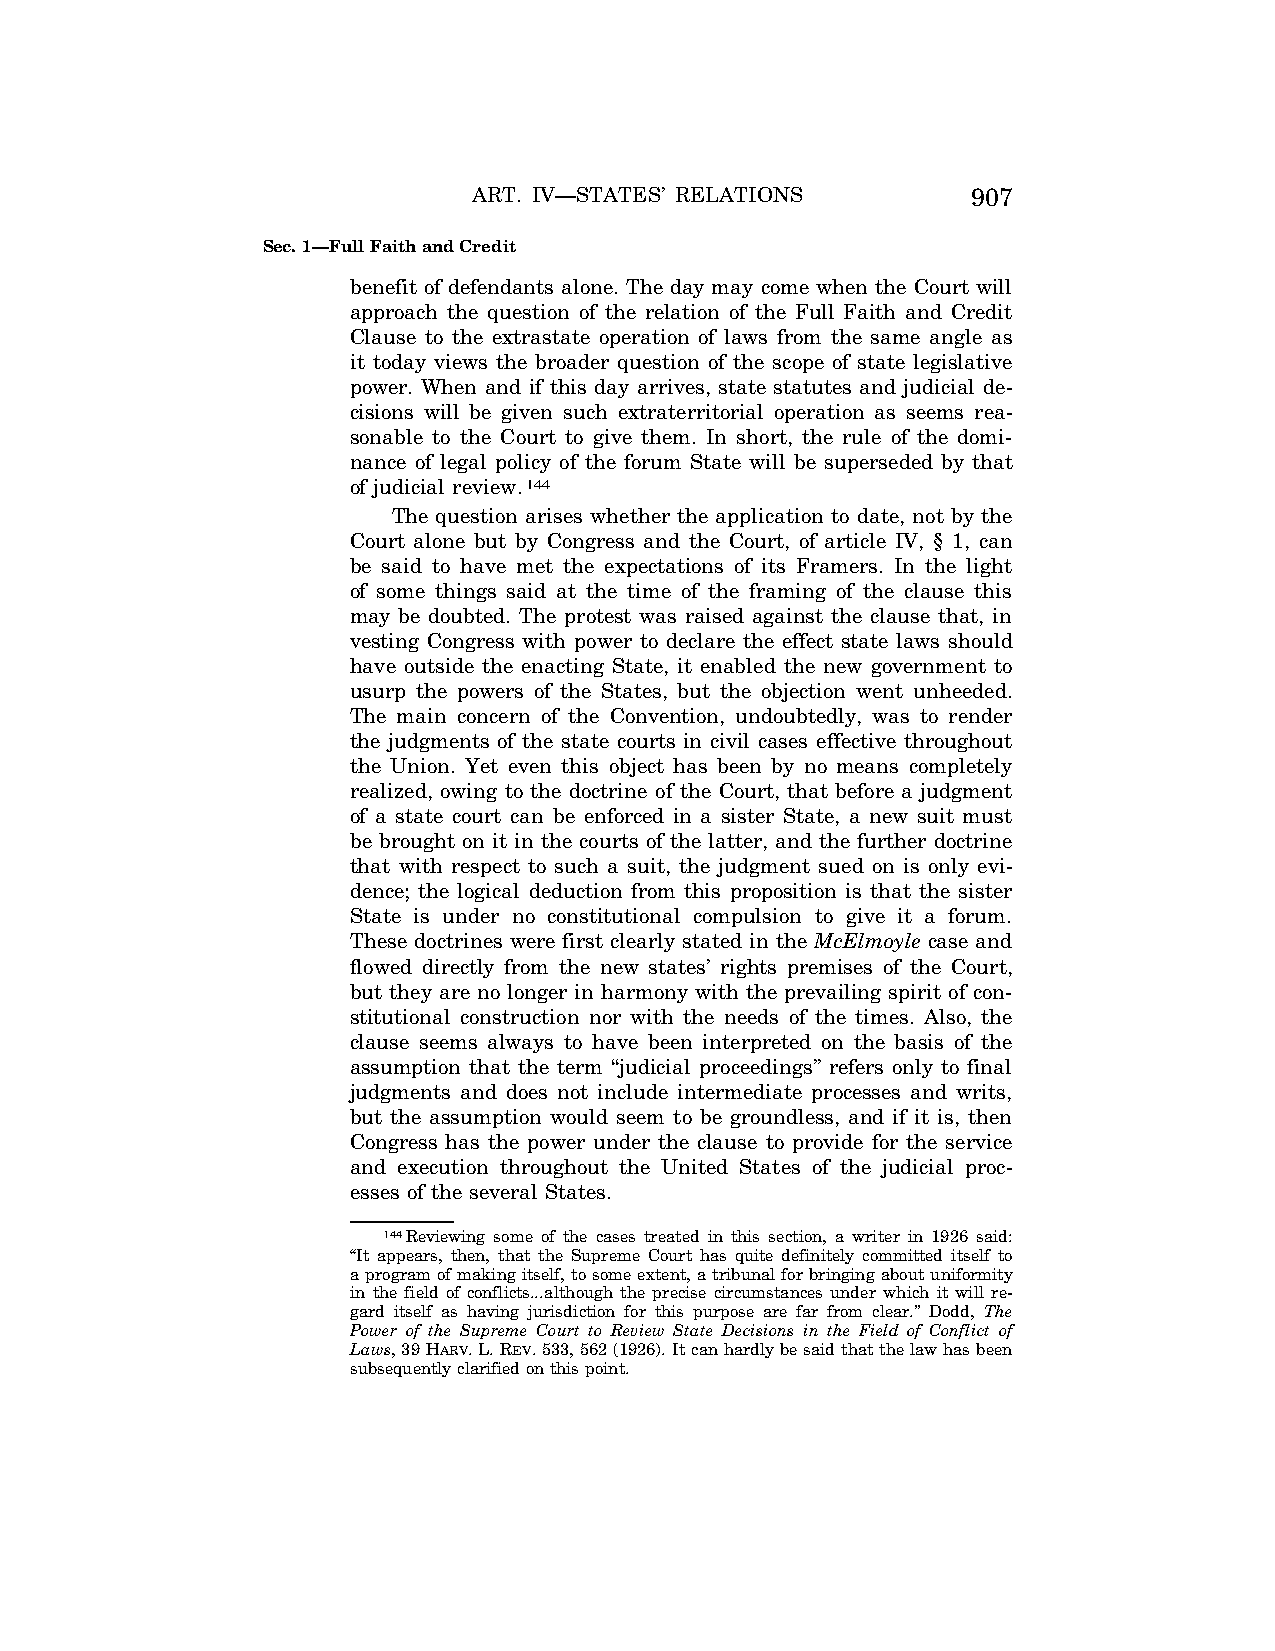
ART. IV—STATES’ RELATIONS        907
 Sec. 1—Full Faith and Credit
 benefit of defendants alone. The day may come when the Court will
 approach the question of the relation of the Full Faith and Credit
 Clause to the extrastate operation of laws from the same angle as
 it today views the broader question of the scope of state legislative
 power. When and if this day arrives, state statutes and judicial de-
 cisions will be given such extraterritorial operation as seems rea-
 sonable to the Court to give them. In short, the rule of the domi-
 nance of legal policy of the forum State will be superseded by that
 of judicial review.144
 The question arises whether the application to date, not by the
 Court alone but by Congress and the Court, of article IV, § 1, can
 be said to have met the expectations of its Framers. In the light
 of some things said at the time of the framing of the clause this
 may be doubted. The protest was raised against the clause that, in
 vesting Congress with power to declare the effect state laws should
 have outside the enacting State, it enabled the new government to
 usurp the powers of the States, but the objection went unheeded.
 The main concern of the Convention, undoubtedly, was to render
 the judgments of the state courts in civil cases effective throughout
 the Union. Yet even this object has been by no means completely
 realized, owing to the doctrine of the Court, that before a judgment
 of a state court can be enforced in a sister State, a new suit must
 be brought on it in the courts of the latter, and the further doctrine
 that with respect to such a suit, the judgment sued on is only evi-
 dence; the logical deduction from this proposition is that the sister
 State is under no constitutional compulsion to give it a forum.
 These doctrines were first clearly stated in the McElmoyle case and
 flowed directly from the new states’ rights premises of the Court,
 but they are no longer in harmony with the prevailing spirit of con-
 stitutional construction nor with the needs of the times. Also, the
 clause seems always to have been interpreted on the basis of the
 assumption that the term ‘‘judicial proceedings’’ refers only to final
 judgments and does not include intermediate processes and writs,
 but the assumption would seem to be groundless, and if it is, then
 Congress has the power under the clause to provide for the service
 and execution throughout the United States of the judicial proc-
 esses of the several States.
 144Reviewing some of the cases treated in this section, a writer in 1926 said:
 ‘‘It appears, then, that the Supreme Court has quite definitely committed itself to
 a program of making itself, to some extent, a tribunal for bringing about uniformity
 in the field of conflicts...although the precise circumstances under which it will re-
 gard itself as having jurisdiction for this purpose are far from clear.’’ Dodd, The
 Power of the Supreme Court to Review State Decisions in the Field of Conflict of
 Laws, 39 HARV. L. REV. 533, 562 (1926). It can hardly be said that the law has been
 subsequently clarified on this point.
 VerDate Apr<14>2004 15:53 Apr 14, 2004 Jkt 077500 PO 00000 Frm 00035 Fmt 8222 Sfmt 8222 C:\CONAN\CON015.SGM PRFM99 PsN: CON015